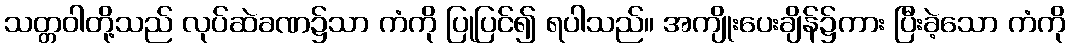
သတ္တဝါတို့သည် လုပ်ဆဲခဏ၌သာ ကံကို ပြုပြင်၍ ရပါသည်။ အကျိုးပေးချိန်၌ကား ပြီးခဲ့သော ကံကို